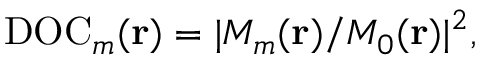
\begin{array} { r } { \mathrm { D O C } _ { m } ( { \bf r } ) = | M _ { m } ( { \bf r } ) / M _ { 0 } ( { \bf r } ) | ^ { 2 } , } \end{array}